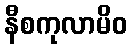
နီစကုလာမိဝ